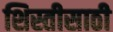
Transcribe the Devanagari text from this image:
शिस्तीसाठी